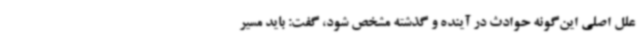
علل اصلی این‌گونه حوادث در آینده و گذشته مشخص شود، گفت: باید مسیر